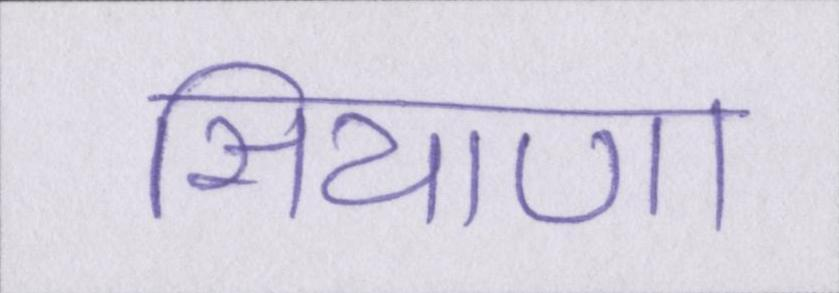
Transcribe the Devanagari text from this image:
सियाणा